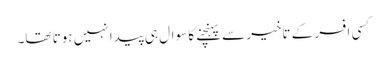
کسی افسر کے تاخیر سے پہنچنے کا سوال ہی پیدا نہیں ہوتا تھا۔